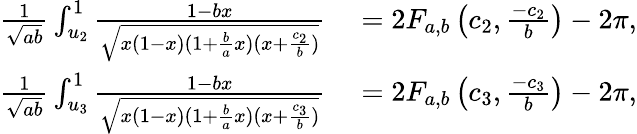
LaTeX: \begin{array}{rl}{\frac{1}{\sqrt{ab}}\int_{u_{2}}^{1}\frac{1-bx}{\sqrt{x(1-x)(1+\frac{b}{a}x)(x+\frac{c_{2}}{b})}}}&{{}=2F_{a,b}\left(c_{2},\frac{-c_{2}}{b}\right)-2\pi,}\\ {\frac{1}{\sqrt{ab}}\int_{u_{3}}^{1}\frac{1-bx}{\sqrt{x(1-x)(1+\frac{b}{a}x)(x+\frac{c_{3}}{b})}}}&{{}=2F_{a,b}\left(c_{3},\frac{-c_{3}}{b}\right)-2\pi,}\end{array}